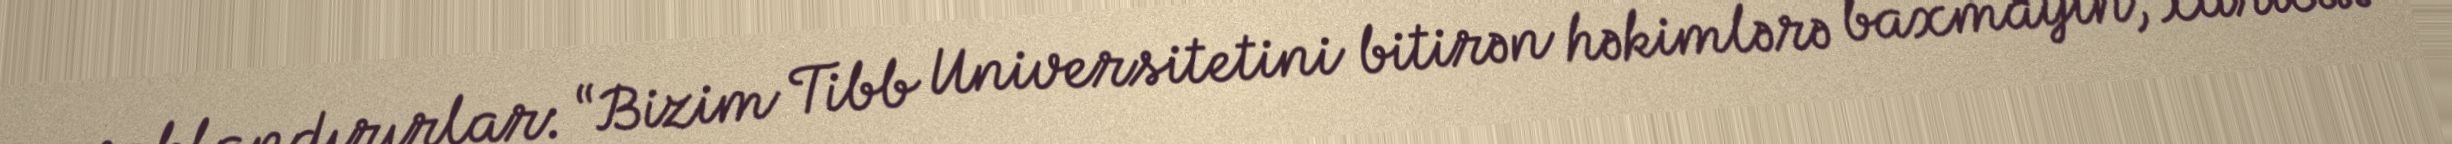
cavablandırırlar: “Bizim Tibb Universitetini bitirən həkimlərə baxmayın, xaricdə